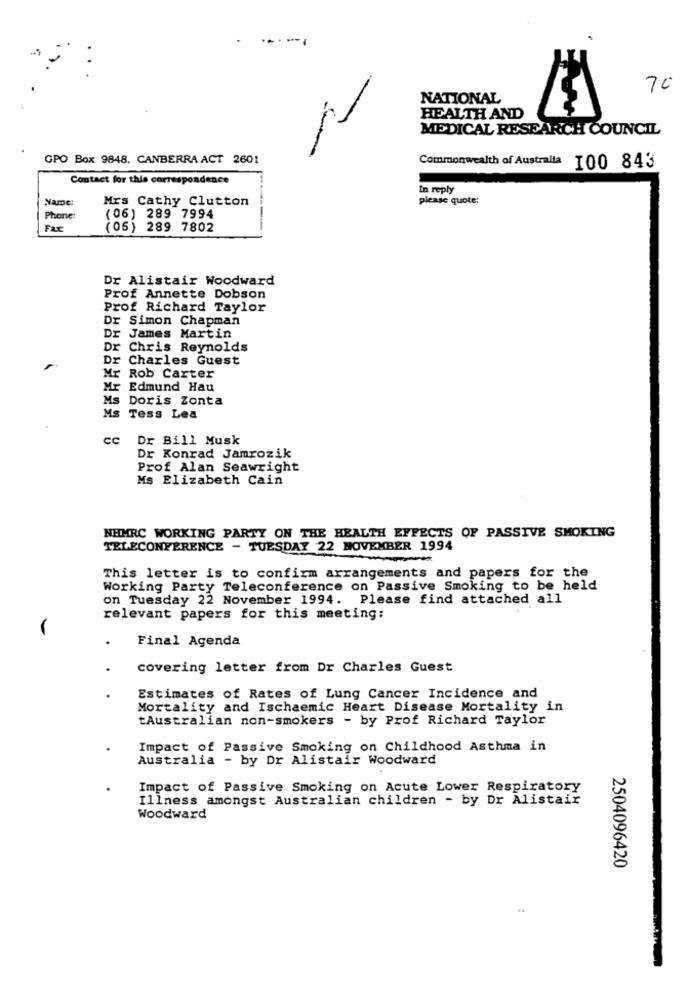
..
70
NATIONAL
N
HEALTH AND
MEDICAL RESEARCH COUNCIL
GPO Box 9848. CANBERRA ACT 2601
Commonwealth of Australia 100 843
Contact for this correspondence
In reply
NamDe:
Mrs Cathy Clutton
please quote:
Phone:
(06) 289 7994
-
(06) 289 7802
Dr Alistair Woodward
Prof Annette Dobson
Prof Richard Taylor
Dr Simon Chapman
Dr James Martin
Dr Chris Reynolds
Dr Charles Guest
Mr Rob Carter
Mr
Edmund Hau
MS
Doris Zonta
Ms
Tess Lea
cc
Dr Bill Musk
Dr Konrad Jamrozik
Prof Alan Seawright
Ms Elizabeth Cain
NHMRC WORKING PARTY ON THE HEALTH EFFECTS OF PASSIVE SMOKING
TELECONFERENCE - TUESDAY 22 NOVEMBER 1994
This letter is to confirm arrangements and papers for the
Working Party Teleconference on Passive Smoking to be held
on Tuesday 22 November 1994. Please find attached all
relevant papers for this meeting:
Final Agenda
covering letter from Dr Charles Guest
Estimates of Rates of Lung Cancer Incidence and
Mortality and Ischaemic Heart Disease Mortality in
tAustralian non-smokers - by Prof Richard Taylor
Impact of Passive Smoking on Childhood Asthma in
Australia - by Dr Alistair Woodward
Impact of Passive Smoking on Acute Lower Respiratory
Illness amongst Australian children - by Dr Alistair
Woodward
2504096420